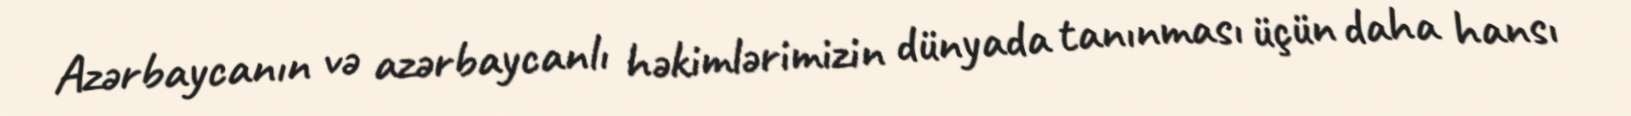
Azərbaycanın və azərbaycanlı həkimlərimizin dünyada tanınması üçün daha hansı